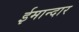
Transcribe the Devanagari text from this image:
ईमान्दार